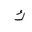
Letter: _kaf